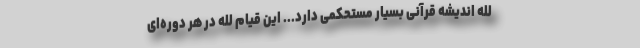
لله اندیشه قرآنی بسیار مستحکمی دارد... این قیام لله در هر دوره‌ای